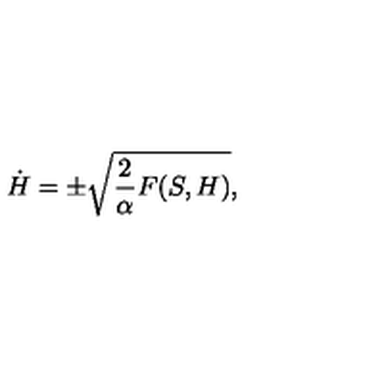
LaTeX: \dot { H } = \pm \sqrt { { \frac { 2 } { \alpha } } F ( S , H ) } ,